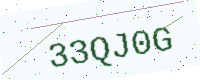
Text: 33QJ0G